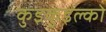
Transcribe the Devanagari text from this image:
कुइकुइल्को